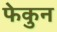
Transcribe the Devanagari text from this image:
फेकुन